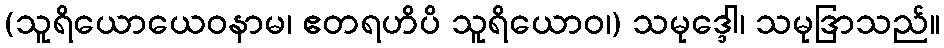
(သူရိယောယေဝနာမ၊ ဧတရဟိပိ သူရိယောဝ၊) သမုဒ္ဒေါ၊ သမုဒြာသည်။